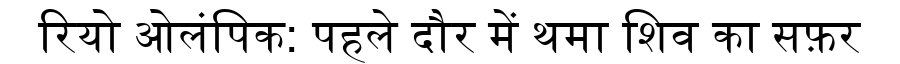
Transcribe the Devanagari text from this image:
रियो ओलंपिक: पहले दौर में थमा शिव का सफ़र